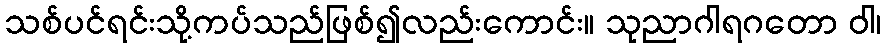
သစ်ပင်ရင်းသို့ကပ်သည်ဖြစ်၍လည်းကောင်း။ သုညာဂါရဂတော ဝါ၊